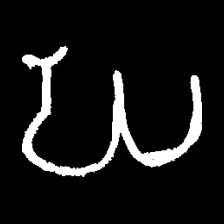
Pyu character \u2014 Myanmar letter: ဃ (romanized: gha)